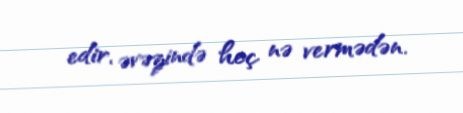
edir, əvəzində heç nə vermədən.